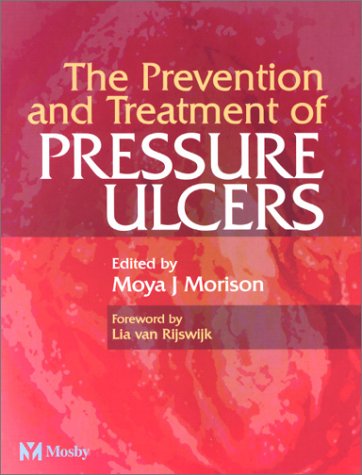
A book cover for The Prevention and treatment of Pressure Ulcers; Moya Morison BA  BSc(Hons)  MSc  PhD   PGCE  RGN; Health, Fitness & Dieting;